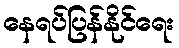
နေရပ်ပြန်နိုင်ရေး